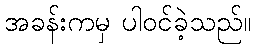
အခန်းကမှ ပါဝင်ခဲ့သည်။